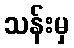
သန်းမှ